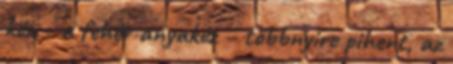
kéz – a fehér anyakéz – többnyire pihent, az